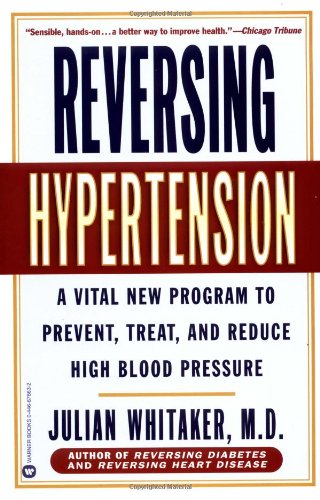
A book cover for Reversing Hypertension: A Vital New Program to Prevent, Treat, and Reduce High Blood Pressure; Julian Whitaker; Health, Fitness & Dieting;